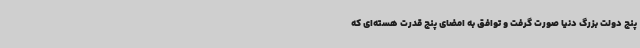
پنج دولت بزرگ دنیا صورت گرفت و توافق به امضای پنج قدرت هسته‌ای که